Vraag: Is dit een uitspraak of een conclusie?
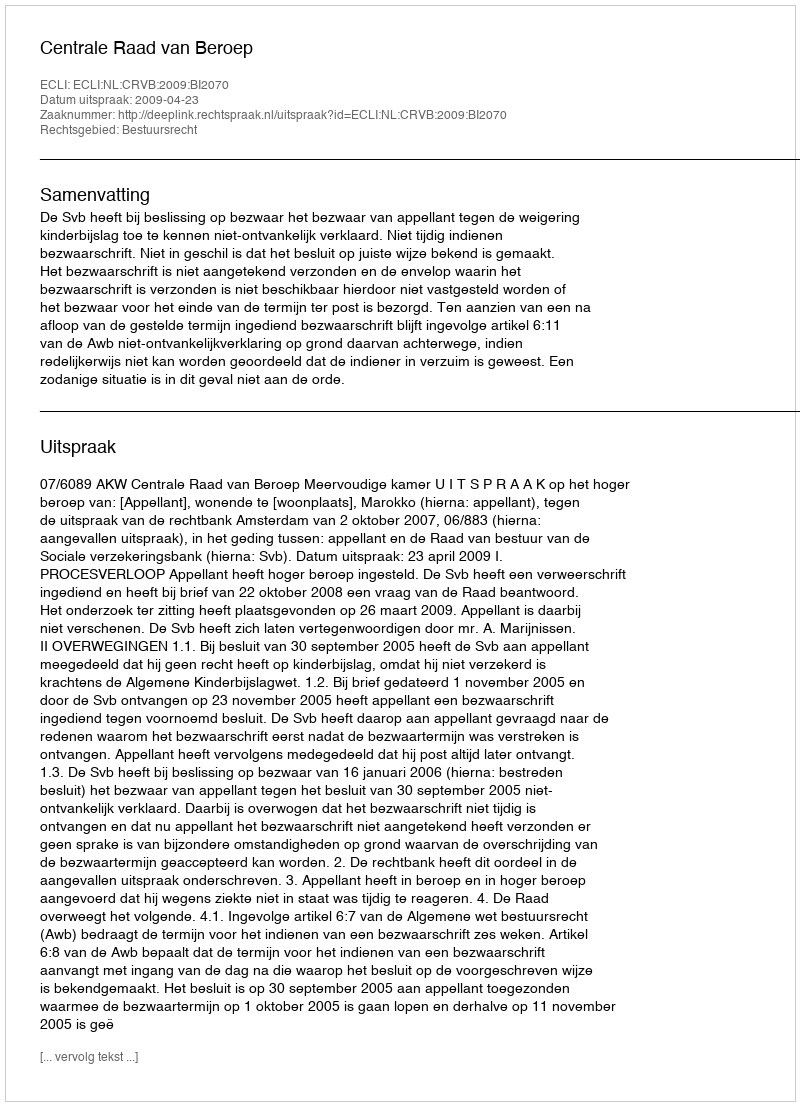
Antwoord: Uitspraak